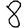
Digit: 8